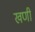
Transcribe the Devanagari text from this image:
खणी